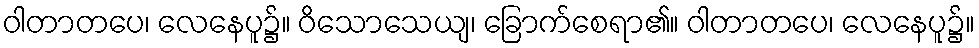
ဝါတာတပေ၊ လေနေပူ၌။ ဝိသောသေယျ၊ ခြောက်စေရာ၏။ ဝါတာတပေ၊ လေနေပူ၌။